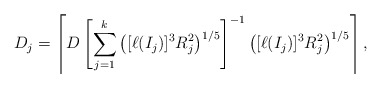
\begin{align*}D_j=\left\lceil D\left[\sum_{j=1}^k\left([\ell(I_j)]^3R_j^2\right)^{1/5}\right]^{-1}\left([\ell(I_j)]^3R_j^2\right)^{1/5}\right\rceil,\end{align*}